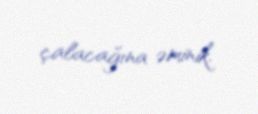
çalacağına əminik.